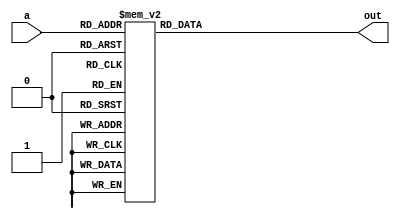
module decoder(input [4:0] a, output reg [31:0] out);

always @(*) begin
    case(a)
        5'd0  :  out = 32'b00000000000000000000000000000001;
        5'd1  :  out = 32'b00000000000000000000000000000010;
        5'd2  :  out = 32'b00000000000000000000000000000100;
        5'd3  :  out = 32'b00000000000000000000000000001000;
        5'd4  :  out = 32'b00000000000000000000000000010000;
        5'd5  :  out = 32'b00000000000000000000000000100000;
        5'd6  :  out = 32'b00000000000000000000000001000000;
        5'd7  :  out = 32'b00000000000000000000000010000000;
        5'd8  :  out = 32'b00000000000000000000000100000000;
        5'd9  :  out = 32'b00000000000000000000001000000000;
        5'd10 :  out = 32'b00000000000000000000010000000000;
        5'd11 :  out = 32'b00000000000000000000100000000000;
        5'd12 :  out = 32'b00000000000000000001000000000000;
        5'd13 :  out = 32'b00000000000000000010000000000000;
        5'd14 :  out = 32'b00000000000000000100000000000000;
        5'd15 :  out = 32'b00000000000000001000000000000000;
        5'd16 :  out = 32'b00000000000000010000000000000000;
        5'd17 :  out = 32'b00000000000000100000000000000000;
        5'd18 :  out = 32'b00000000000001000000000000000000;
        5'd19 :  out = 32'b00000000000010000000000000000000;
        5'd20 :  out = 32'b00000000000100000000000000000000;
        5'd21 :  out = 32'b00000000001000000000000000000000;
        5'd22 :  out = 32'b00000000010000000000000000000000;
        5'd23 :  out = 32'b00000000100000000000000000000000;
        5'd24 :  out = 32'b00000001000000000000000000000000;
        5'd25 :  out = 32'b00000010000000000000000000000000;
        5'd26 :  out = 32'b00000100000000000000000000000000;
        5'd27 :  out = 32'b00001000000000000000000000000000;
        5'd28 :  out = 32'b00010000000000000000000000000000;
        5'd29 :  out = 32'b00100000000000000000000000000000;
        5'd30 :  out = 32'b01000000000000000000000000000000;
        5'd31 :  out = 32'b10000000000000000000000000000000;
    endcase
end

endmodule


module mult2(A, SEL, OUT);

input [4:0] A;
input [2:0] SEL; 
output reg OUT;

wire [31:0] decode;

decoder dec(.a(A), .out(decode));

always @(*) begin
    case(SEL)

        0 : OUT = decode[2] | decode[4] | decode[6] | decode[8] | decode[10] | decode[12] | decode[14] | decode[16] |  decode[18] |  decode[20] |  decode[22] |  decode[24] |  decode[26] |  decode[28] |  decode[30];
        1 : OUT = decode[3] | decode[6] | decode[9] | decode[12] | decode[15] | decode[18] |  decode[21] |  decode[24] |  decode[27] | decode[30];
        2 : OUT = decode[4] | decode[8] | decode[12] | decode[16] | decode[20] |  decode[24] |  decode[28];
        3 : OUT = decode[5] | decode[10] | decode[15] | decode[20] | decode[25] |  decode[30];
        4 : OUT = decode[6] | decode[12] | decode[18] | decode[24] | decode[30];
        5 : OUT = decode[7] | decode[14] | decode[21] | decode[28];
        6 : OUT = decode[8] | decode[16] | decode[26];
        7 : OUT = decode[9] | decode[18] | decode[27];
        
    endcase
end

endmodule